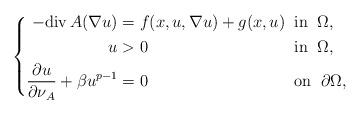
LaTeX: \begin{align*}\left\{\begin{alignedat}{2}-{\rm div}\,A(\nabla u) & =f(x,u,\nabla u)+g(x,u)\;\;&&\mbox{in}\;\;\Omega,\\u & >0 &&\mbox{in} \;\;\Omega,\\\frac{\partial u}{\partial\nu_A}+\beta u^{p-1} & =0 &&\mbox{on} \;\;\partial\Omega,\end{alignedat}\right.\end{align*}